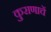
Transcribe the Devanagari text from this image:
कुराणाचें